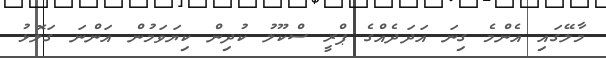
މާލޭގައި އެންމެ ގިނަ އަދަދެއްގެ ޕްރީ ސްކޫލު ކުދިން ކިޔަވަމުން އަންނަ ގަލޮޅު